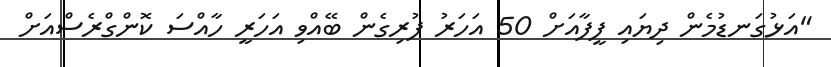
"އަޅުގަނޑުމެން ދިޔައި ފީފާއަށް 50 އަހަރު ފުރިގެން ބޭއްވި އަހަރީ ހާއްސަ ކޮންގްރެސްއަށް